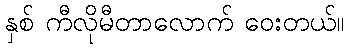
နှစ် ကီလိုမီတာလောက် ဝေးတယ်။